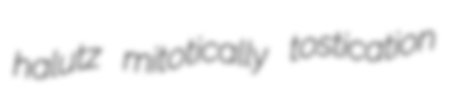
halutz mitotically tostication